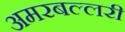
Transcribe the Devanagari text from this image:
अमरबल्लरी